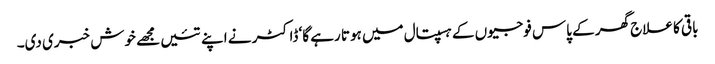
باقی کا علاج گھر کے پاس فوجیوں کے ہسپتال میں ہوتا رہے گا‘ ڈاکٹر نے اپنے تئیں مجھے خوش خبری دی۔